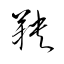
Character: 鞅